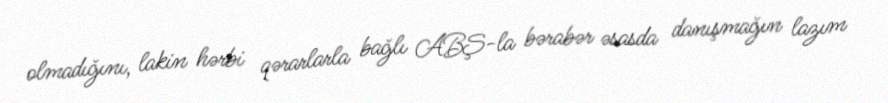
olmadığını, lakin hərbi qərarlarla bağlı ABŞ-la bərabər əsasda danışmağın lazım